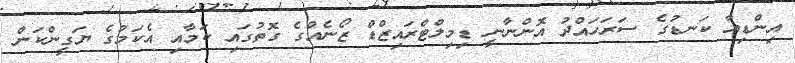
އިންޑިއާ ކަނޑުގެ ސަރަހައްދު އޮންނާނީ ޑިމިލްޓްރައިޒްޑް ޒޯނެއްގެ ގޮތުގައި ކަމާއި އެކަމުގެ ޔަގީންކަން